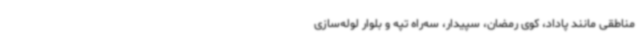
مناطقی مانند پاداد، کوی رمضان، سپیدار، سه‌راه تپه و بلوار لوله‌سازی